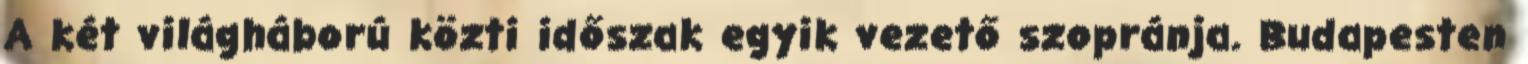
A két világháború közti időszak egyik vezető szopránja. Budapesten